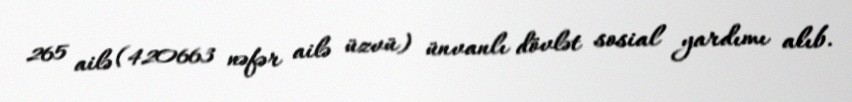
265 ailə (420663 nəfər ailə üzvü) ünvanlı dövlət sosial yardımı alıb.